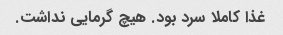
غذا کاملا سرد بود. هیچ گرمایی نداشت.